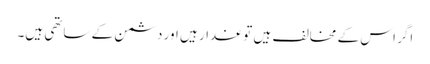
اگر اس کے مخالف ہیں تو غدار ہیں اور دشمن کے ساتھی ہیں۔